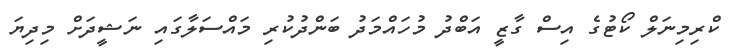
ކްރިމިނަލް ކޯޓުގެ އިސް ގާޒީ އަބްދު މުހައްމަދު ބަންދުކުރި މައްސަލާގައި ނަޝީދަށް މިދިޔަ